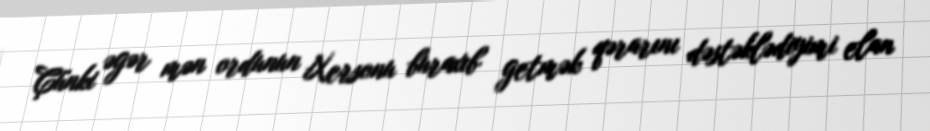
Çünki əgər mən ordunun Xersonu buraxıb getmək qərarını dəstəklədiyimi elan